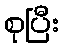
စုပြီး